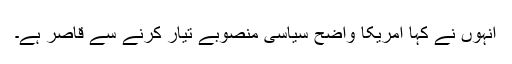
انہوں نے کہا امریکا واضح سیاسی منصوبے تیار کرنے سے قاصر ہے۔